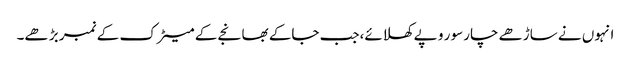
انہوں نے ساڑھے چارسو ر و پے کھلائے،جب جاکے بھانجے کے میٹرک کے نمبر بڑ ھے۔